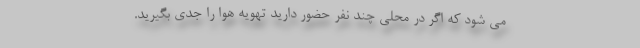
می شود که اگر در محلی چند نفر حضور دارید تهویه هوا را جدی بگیرید.